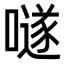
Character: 𡀟